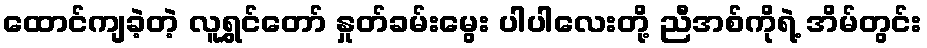
ထောင်ကျခဲ့တဲ့ လူရွှင်တော် နှုတ်ခမ်းမွေး ပါပါလေးတို့ ညီအစ်ကိုရဲ့ အိမ်တွင်း